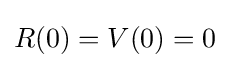
R(0)=V(0)=0